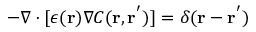
- \nabla \cdot [ \epsilon ( \mathbf { r } ) \nabla C ( \mathbf { r } , \mathbf { r ^ { ' } } ) ] = \delta ( \mathbf { r } - \mathbf { r ^ { ' } } )